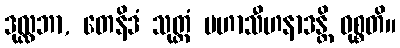
ဒုလ္လဘာ, တေနိဒံ သုတ္တံ မဟာသီဟနာဒန္တိ ဝုစ္စတိ။